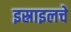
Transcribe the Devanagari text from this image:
इस्राइलचे